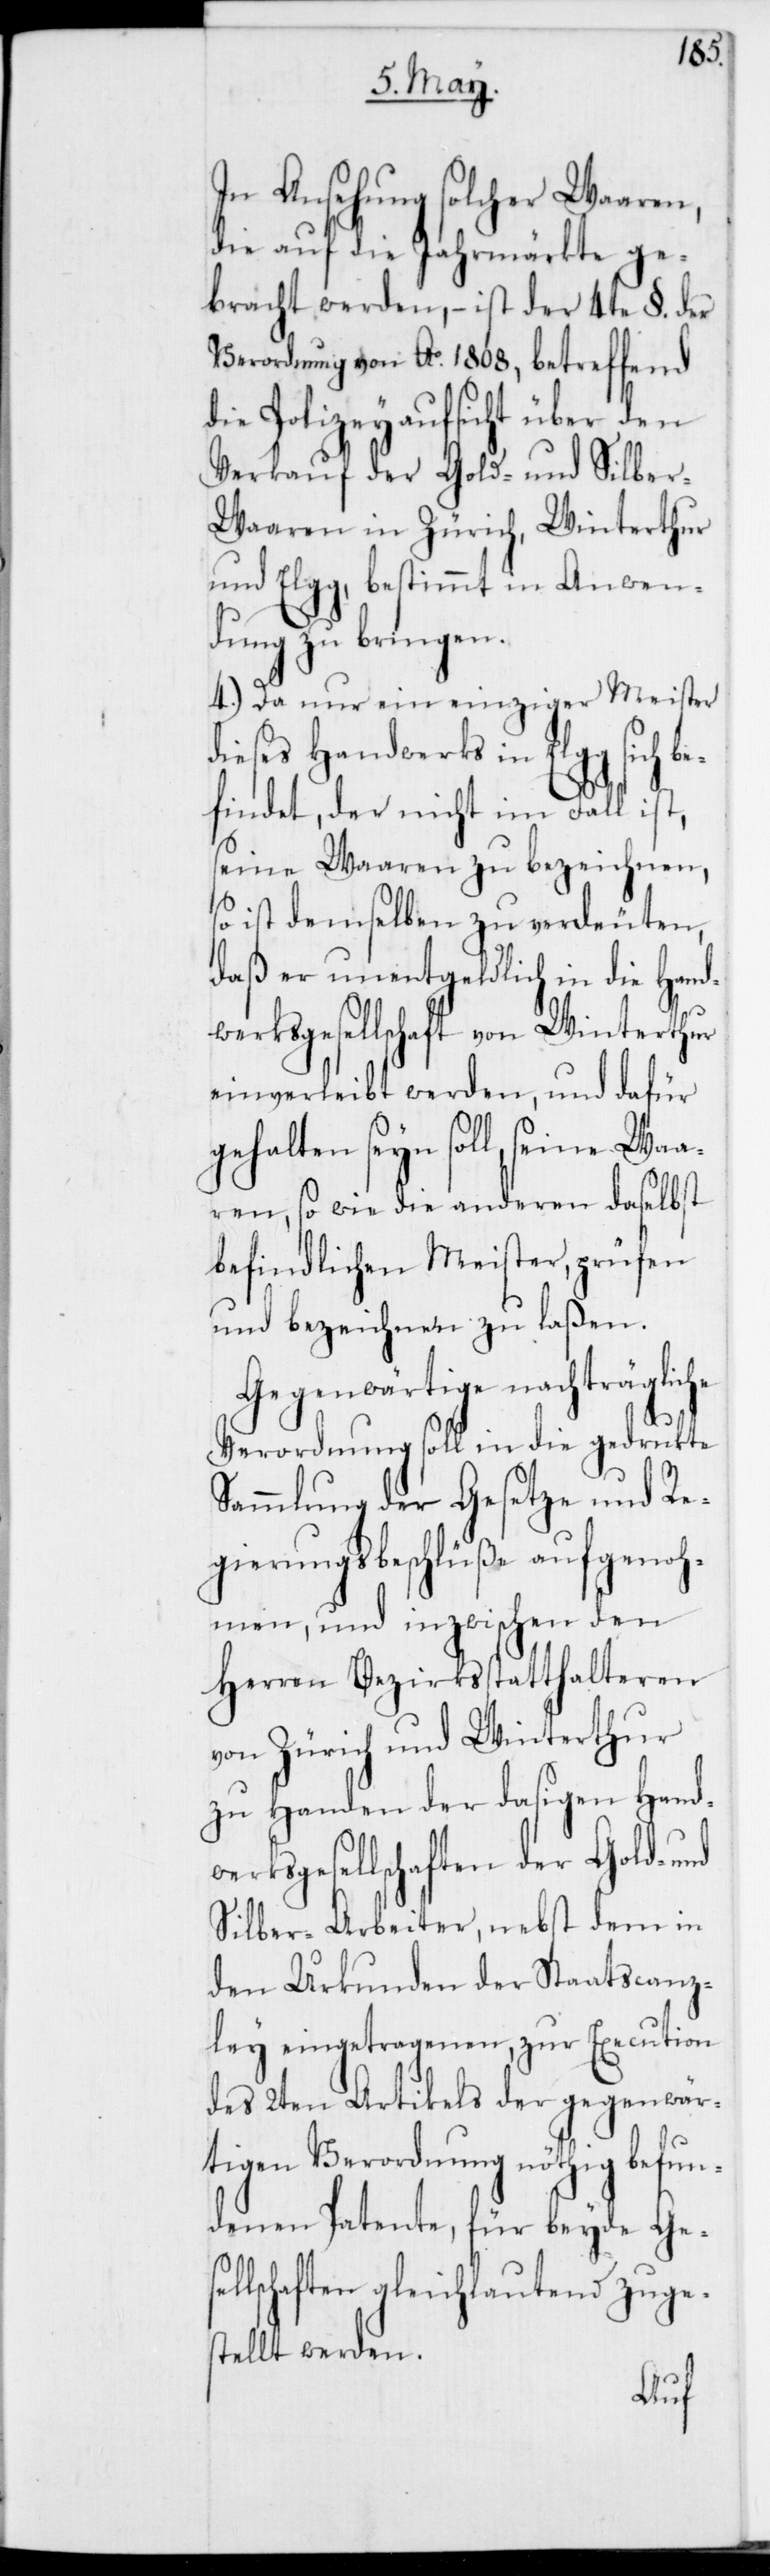
In Ansehung solcher Waaren,
die auf die Jahrmärkte ge¬
bracht werden, – ist der 4te §. der
Verordnung von Ao 1808, betreffend
die Polizeyaufsicht über den
Verkauf der Gold- und Silbe¬
r-Waaren in Zürich, Winterthur
und Elgg, bestimmt in Anwen¬
dung zu bringen.
4.) Da nur ein einziger Meister
dieses Handwerks in Elgg sich b¬
findet, der nicht im Fall ist,
seine Waaren zu bezeichnen,
so ist demselben zu verdeuten,
daß er unentgeldlich in die Hand¬
werksgesellschaft von Winterthur
einverleibt werden, und dafür
gehalten seyn soll, seine Waa¬
ren, so wie die anderen daselbst
befindlichen Meister, prüfen
und bezeichnen zu laßen.
Gegenwärtige nachträgliche
e¬
Verordnung soll in die gedruckte
Sammlung der Gesetze und Re¬
gierungsbeschlüße aufgenoh¬
men, und inzwischen den
Herren Bezirksstatthalteren
von Zürich und Winterthur
zu Handen der dasigen Handw¬
erksgesellschaften der Gold- und
Silber-Arbeiter, nebst dem in
den Urkunden der Staatscanz¬
ley eingetragenen, zur Execution
des 2ten Artikels der gegenwär¬
tigen Verordnung nöthig befun¬
denen Patente, für beyde Gese¬
llschaften gleichlautend zuge¬
stellt werden.